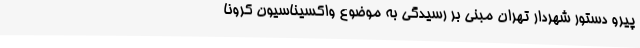
پیرو دستور شهردار تهران مبنی بر رسیدگی به موضوع واکسیناسیون کرونا